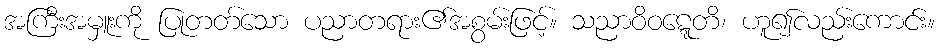
အကြီးအမှူးကို ပြုတတ်သော ပညာတရား၏အစွမ်းဖြင့်။ သညာဝိဝဋ္ဋေတိ၊ ဟူ၍လည်းကောင်း။